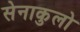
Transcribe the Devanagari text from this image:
सेनाकुलो